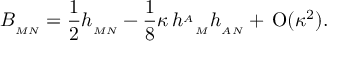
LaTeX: B _ { { } _ { M N } } = \frac { 1 } { 2 } h _ { { } _ { M N } } - \frac { 1 } { 8 } \kappa \, { h ^ { { } _ { A } } } _ { { } _ { M } } h _ { { } _ { A N } } + \, \mathrm { O } ( \kappa ^ { 2 } ) .